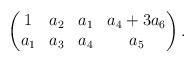
LaTeX: \begin{align*} \begin{pmatrix}1&a_2&a_1&a_4+3a_6\\ a_1&a_3&a_4&a_5 \end{pmatrix}. \end{align*}